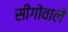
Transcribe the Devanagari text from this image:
सींगोंवाले